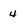
Character: 4